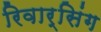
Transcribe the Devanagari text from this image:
रिवार्सिंग